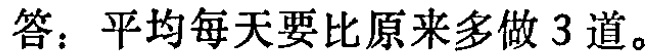
答：平均每天要比原来多做 3 道。